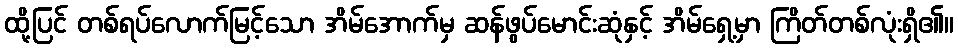
ထို့ပြင် တစ်ရပ်လောက်မြင့်သော အိမ်အောက်မှ ဆန်ဖွပ်မောင်းဆုံနှင့် အိမ်ရှေ့မှာ ကြိတ်တစ်လုံးရှိ၏။